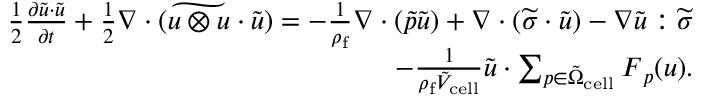
\begin{array} { r } { \frac { 1 } { 2 } \frac { \partial \tilde { \boldsymbol { u } } \cdot \tilde { \boldsymbol { u } } } { \partial t } + \frac { 1 } { 2 } \nabla \cdot ( \widetilde { \boldsymbol { u } \otimes \boldsymbol { u } } \cdot \tilde { \boldsymbol { u } } ) = - \frac { 1 } { \rho _ { \mathrm { f } } } \nabla \cdot ( \widetilde { p } \tilde { \boldsymbol { u } } ) + \nabla \cdot ( \widetilde { \boldsymbol { \sigma } } \cdot \tilde { \boldsymbol { u } } ) - \nabla \tilde { \boldsymbol { u } } : \widetilde { \boldsymbol { \sigma } } } \\ { - \frac { 1 } { \rho _ { \mathrm { f } } \tilde { V } _ { \mathrm { c e l l } } } \tilde { \boldsymbol { u } } \cdot \sum _ { p \in \tilde { \Omega } _ { \mathrm { c e l l } } } \boldsymbol { F } _ { p } ( \boldsymbol { u } ) . } \end{array}